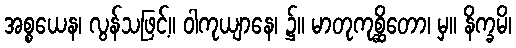
အစ္စယေန၊ လွန်သဖြင့်။ ဝါကုယျာနေ၊ ၌။ မာတုကုစ္ဆိတော၊ မှ။ နိက္ခမိ၊